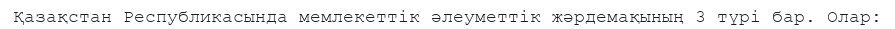
Қазақстан Республикасында мемлекеттік әлеуметтік жәрдемақының 3 түрі бар. Олар: